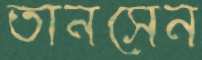
তানসেন